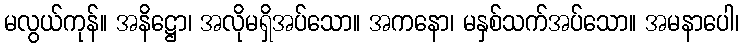
မလွယ်ကုန်။ အနိဋ္ဌော၊ အလိုမရှိအပ်သော။ အကနော၊ မနှစ်သက်အပ်သော။ အမနာပေါ၊